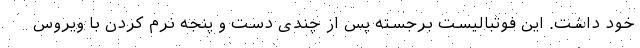
خود داشت. این فوتبالیست برجسته پس از چندی دست و پنجه نرم کردن با ویروس